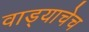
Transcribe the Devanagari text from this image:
वाड्याचेच